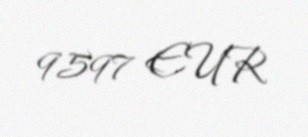
9597 EUR